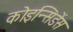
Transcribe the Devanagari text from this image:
कोइन्सिडेंस